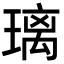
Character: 璃